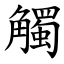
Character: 觸